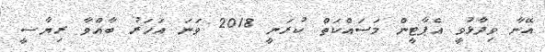
އޭނާ ވިދާޅުވީ އެޕާޓީން މަސައްކަތް ކުރަނީ 2018 ވަނަ އަހަރު ބާއްވާ ރިޔާސީ